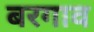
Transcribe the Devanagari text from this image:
बरगाव